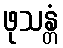
ဖုသန္တံ